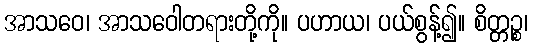
အာသဝေ၊ အာသဝေါတရားတို့ကို။ ပဟာယ၊ ပယ်စွန့်၍။ စိတ္တဉ္စ၊